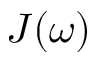
J ( \omega )